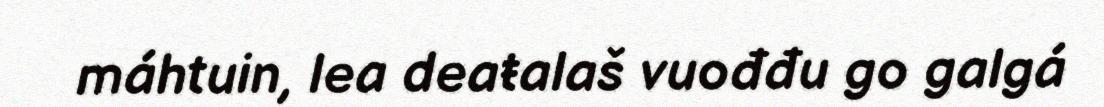
máhtuin, lea deaŧalaš vuođđu go galgá